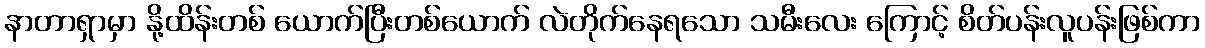
နာတာရှာမှာ နို့ထိန်းတစ် ယောက်ပြီးတစ်ယောက် လဲတိုက်နေရသော သမီးလေး ကြောင့် စိတ်ပန်းလူပန်းဖြစ်ကာ